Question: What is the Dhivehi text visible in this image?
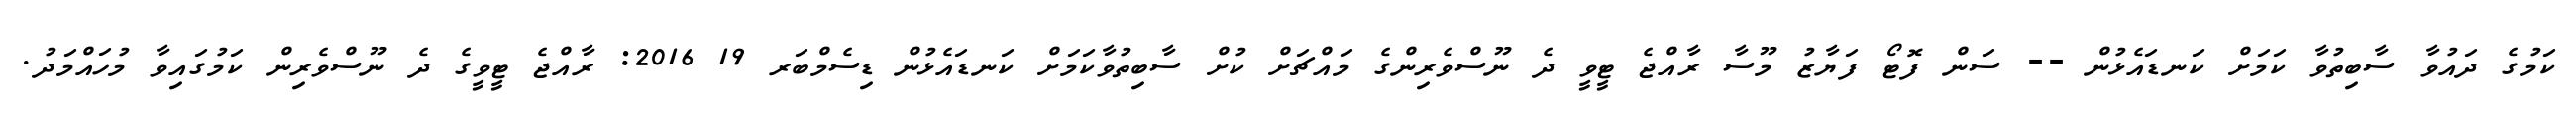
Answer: ކަމުގެ ދައުވާ ސާބިތުވާ ކަމަށް ކަނޑައެޅުން -- ސަން ފޮޓޯ ފަޔާޒު މޫސާ ރާއްޖެ ޓީވީ ދެ ނޫސްވެރިންގެ މައްޗަށް ކުށް ސާބިތުވާކަމަށް ކަނޑައެޅުން ޑިސެމްބަރ 19 2016: ރާއްޖެ ޓީވީގެ ދެ ނޫސްވެރިން ކަމުގައިވާ މުހައްމަދު.